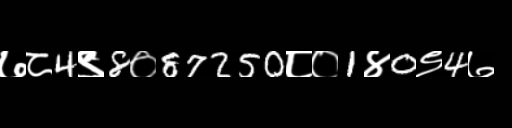
Text: ७८4९8०87250८०1४0९4७